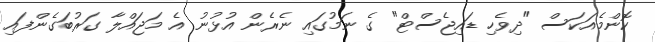
ކޮންމެއަކަސް "ދިވެހި ޑައިޖެސްޓް" ގެ ނަމުގައި ނެރެން އުޅުނު އެ މަޖައްލާ ގަރުބަގެންފައި